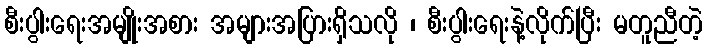
စီးပွါးရေးအမျိုးအစား အများအပြားရှိသလို ၊ စီးပွါးရေးနဲ့လိုက်ပြီး မတူညီတဲ့